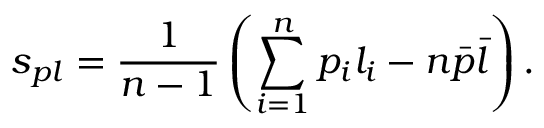
s _ { p l } = \frac { 1 } { n - 1 } \left( \sum _ { i = 1 } ^ { n } p _ { i } l _ { i } - n \bar { p } \bar { l } \right) .